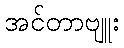
အင်တာဗျူး